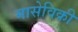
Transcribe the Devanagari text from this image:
मासेविक्री